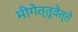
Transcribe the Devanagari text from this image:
मीगेत्तूवेत्ते